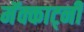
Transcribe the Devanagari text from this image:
मॅक्कार्ट्नी